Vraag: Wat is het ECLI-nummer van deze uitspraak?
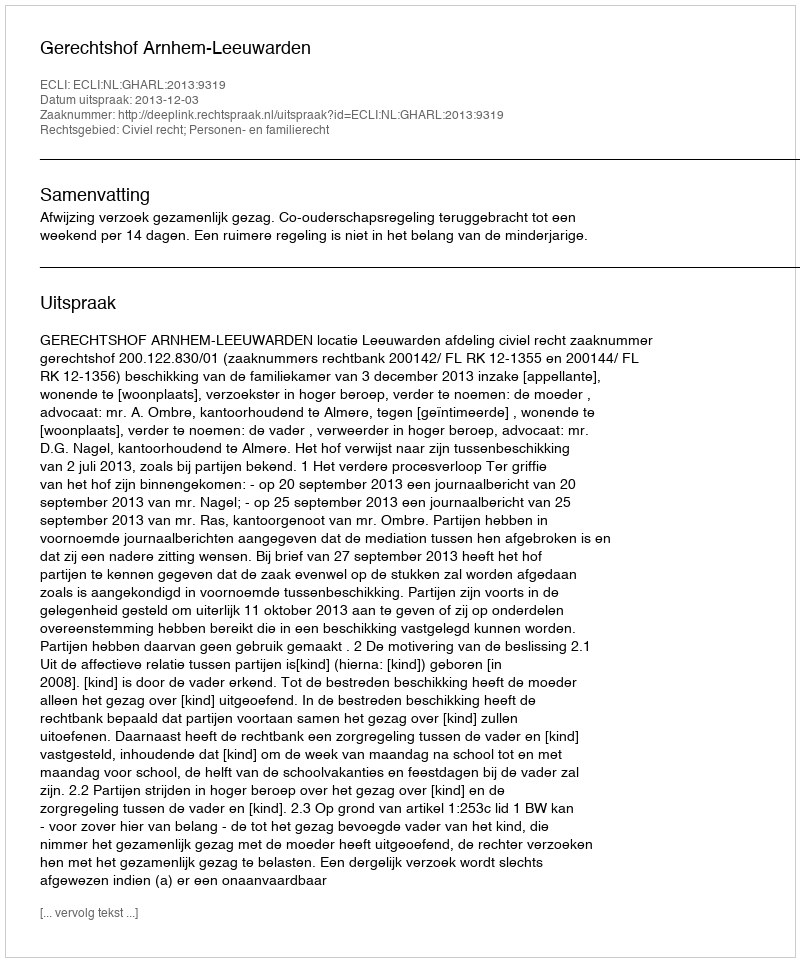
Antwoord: ECLI:NL:GHARL:2013:9319